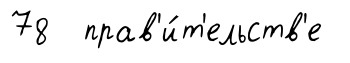
78 прав'и́т'ельств'е